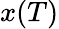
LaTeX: x(T)